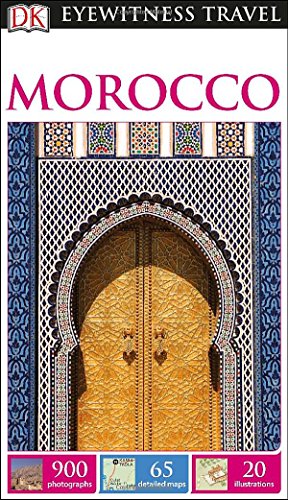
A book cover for DK Eyewitness Travel Guide: Morocco; DK Publishing; Travel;